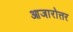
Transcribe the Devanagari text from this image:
आजारोत्तर